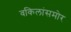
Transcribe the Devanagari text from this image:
वकिलांसमोर